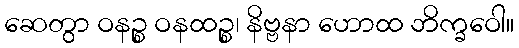
ဆေတွာ ဝနဉ္စ ဝနထဉ္စ၊ နိဗ္ဗနာ ဟောထ ဘိက္ခဝေါ။